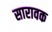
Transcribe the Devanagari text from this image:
सारावक